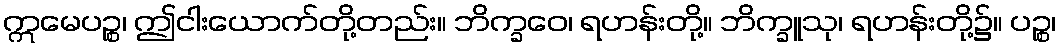
ဣမေပဉ္စ၊ ဤငါးယောက်တို့တည်း။ ဘိက္ခဝေ၊ ရဟန်းတို့။ ဘိက္ခူသု၊ ရဟန်းတို့၌။ ပဉ္စ၊